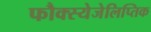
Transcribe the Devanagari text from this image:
फौक्स्येजेलिप्तिक